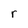
Character: r